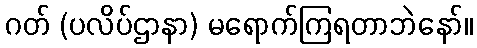
ဂတ် (ပလိပ်ဌာနာ) မရောက်ကြရတာဘဲနော်။